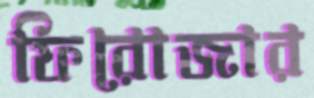
ফিরোজার